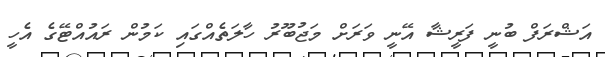
އަޝްރަފް ބުނީ ފަރީޝާ އޭނީ ވަރަށް މަޖުބޫރު ހާލަތެއްގައި ކަމުން ރައުއްޓޭގެ އެހީ